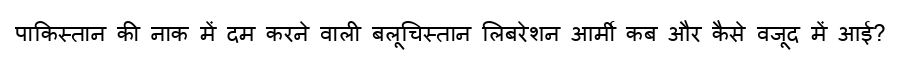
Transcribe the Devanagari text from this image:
पाकिस्तान की नाक में दम करने वाली बलूचिस्तान लिबरेशन आर्मी कब और कैसे वजूद में आई?